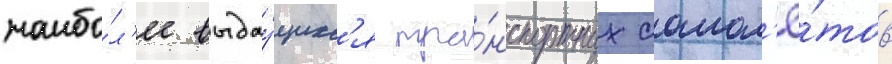
наибо́л'ее выдау́щихс'я тра́нспортных самол'ё́тов